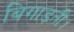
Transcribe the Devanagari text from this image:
बिगाड़ती।